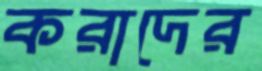
করাদের